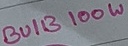
Text: BUIB100W